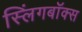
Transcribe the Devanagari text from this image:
स्लिंगबॉक्स